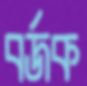
বর্জক